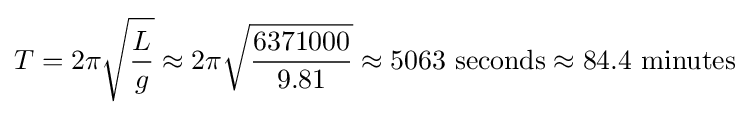
T=2\pi {\sqrt {\frac {L}{g}}}\approx 2\pi {\sqrt {\frac {6371000}{9.81}}}\approx 5063\ {\text{seconds}}\approx 84.4\ {\text{minutes}}